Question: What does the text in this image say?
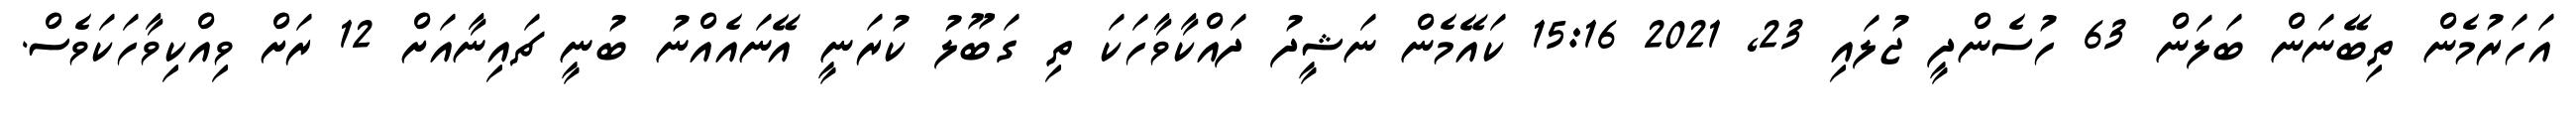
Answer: އަހަރުމެން ތިބޭނަން ބަލަން 63 ހުސެންދީ ޖުލައި 23, 2021 15:16 ކައޭމެން ނަޝީދު ދައްކާވާހަކަ ތި ގަބޫލު ކުރަނީ އޭނައެއްނު ބުނީ ޗައިނާއަށް 12 ރަށް ވިއްކިވާހަކަވެސް.